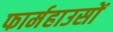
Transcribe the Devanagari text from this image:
फार्महाउसों